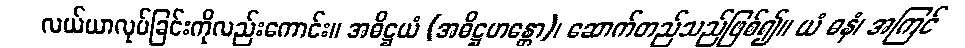
လယ်ယာလုပ်ခြင်းကိုလည်းကောင်း။ အဓိဋ္ဌယံ (အဓိဋ္ဌဟန္တော)၊ ဆောက်တည်သည်ဖြစ်၍။ ယံ ဓနံ၊ အကြင်